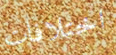
اختلافات